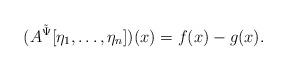
LaTeX: \begin{align*}(A^{\tilde \Psi}[\eta_1,\dots,\eta_n])(x) = f(x) - g(x).\end{align*}